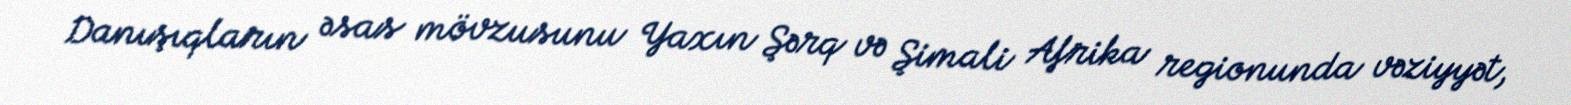
Danışıqların əsas mövzusunu Yaxın Şərq və Şimali Afrika regionunda vəziyyət,